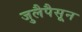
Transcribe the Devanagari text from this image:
जुलैपैसून